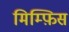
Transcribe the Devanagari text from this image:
मिम्फ़िस